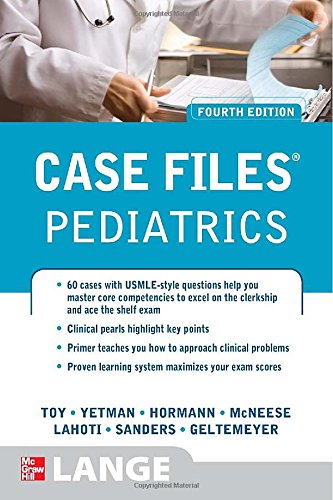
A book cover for Case Files Pediatrics, Fourth Edition (LANGE Case Files); Eugene Toy; Test Preparation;